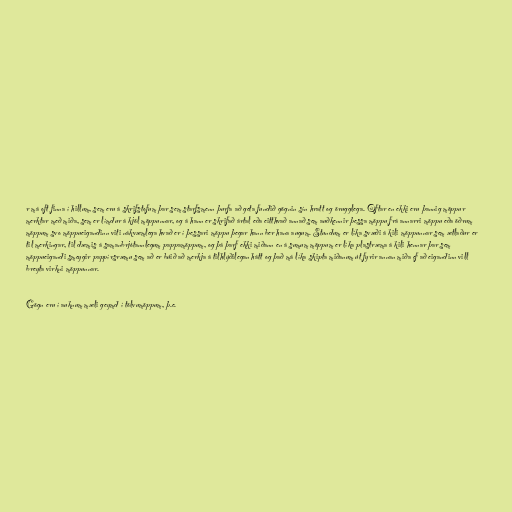
r má oft finna í hillum, sem eru á skrifstofum þar sem starfsmenn þurfa að geta fundið gögnin sín hratt og örugglega. Oftar en ekki eru þannig möppur
merktar með miða, sem er límdur á kjöl möppunnar, og á hann er skrifað ártal eða eitthvað annað sem auðkennir þessa möppu frá annarri möppu eða öðrum
möppum svo möppueigandinn viti nákvæmlega hvað er í þessari möppu þegar hann ber hana augum. Stundum er líka svæði á kili möppunnar sem ætlaður er
til merkingar, til dæmis á samanbrjótannlegum pappamöppum, og þá þarf ekki miðann en á sumum möppum er líka plastræma á kili hennar þar sem
möppueigandi smeygir pappírsræmu sem að er búið að merkja á tilhlýðilegan hátt og það má líka skipta miðanum út fyrir annan miða ef að eigandinn vill
breyta virkni möppunnar.

Gögn eru í auknum mæli geymd í tölvumöppum, þ.e.